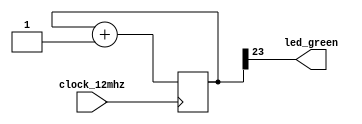

module top(
  input clock_12mhz,
  output led_green
  );

reg[24:0] counter;
initial counter = 0;

always @(posedge clock_12mhz)
begin
    counter = counter + 1;
end

assign led_green = counter[23];

endmodule